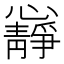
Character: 𭟝